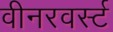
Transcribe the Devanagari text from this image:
वीनरवर्स्ट